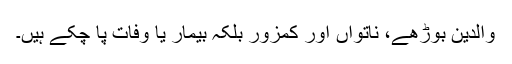
والدین بوڑھے، ناتواں اور کمزور بلکہ بیمار یا وفات پا چکے ہیں۔